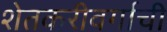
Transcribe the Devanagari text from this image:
शेतकरीवर्गाची